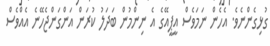
ގުޅިގެންނެވެ. އެހެން ނަމަވެސް އީޕީއޭގެ އެ ނިންމުން ބަދަލު ކުރަން އަންގަންޖެހޭނެ އެއްވެސް